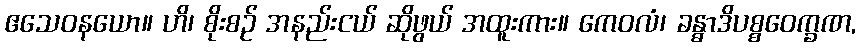
ဧသေဝနယော။ ဟိ၊ စိုးစဉ် အနည်းငယ် ဆိုဖွယ် အထူးကား။ ကေဝလံ၊ ခန္ဓာဒိပစ္စဝေက္ခဏ,